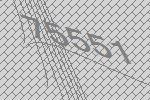
75551